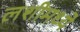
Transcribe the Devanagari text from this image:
लशीमध्ये